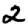
Digit: 2